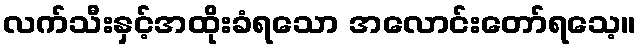
လက်သီးနှင့်အထိုးခံရသော အလောင်းတော်ရသေ့။